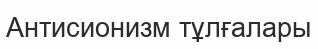
Антисионизм тұлғалары